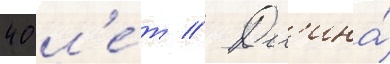
40 л'е́т // Дл'ина́